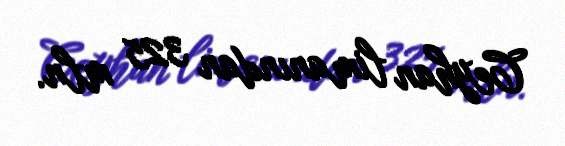
Ceyhan limanından 325 mln.